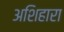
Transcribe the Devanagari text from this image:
अशिहारा